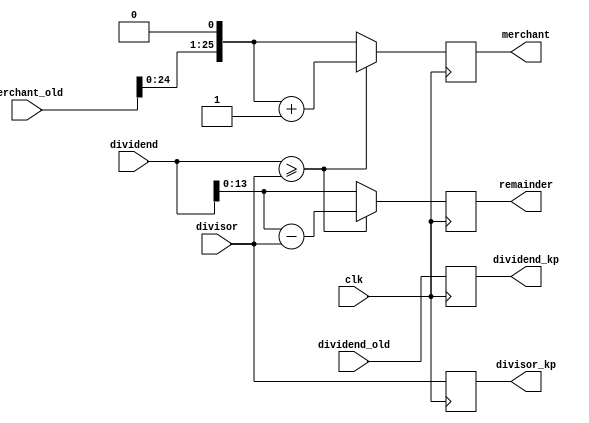
// single step of the divisor
// parameter 26 means width of dividend left
// parameter 14 means the actual width of divisor
module mod_divider_cell 
(
    input  clk,

    input [14:0] dividend,              // 14 + 1 bits, the part of dividend used in the calculation
    input [13:0] divisor,
    input [25:0] merchant_old ,       // (26 - 14 + 1) bits, the merchant of last stage
    input [25:0] dividend_old ,     // the part of dividend need to be reserved

    output reg [25:0] dividend_kp,  // the reserved part of divident
    output reg [13:0] divisor_kp,     // the reserved part of divisor
    output reg [25:0] merchant,       // the merchant of this stage
    output reg [13:0] remainder       // 14 bits, the remainder of this stage
);

    always @(posedge clk) begin
        // keep the input signal          
        divisor_kp <= divisor;  
        dividend_kp <= dividend_old;
        // the merchant is 1:
        if (dividend >= {1'b0, divisor}) begin  
            merchant <= (merchant_old<<1) + 1'b1;
            remainder <= dividend - {1'b0, divisor}; // divident is always (14 + 1) bits
        end
        // the merchant is 0:
        else begin                           
          merchant <= merchant_old<<1;
          remainder <= dividend[13:0];
        end 
    end
endmodule


// main part of the divisor
// parameter 26 means the actual width of dividend
// parameter 14 means the actual width of divisor
module mod_divider
(
    input clk,

    input [25:0] dividend,
    input [13:0] divisor,

    output [25:0] merchant, // the final merchant
    output [13:0] remainder // the final remainder
); 

    // wire interconnected (temporarily save the data)
    wire [25:0] dividend_t [25:0];
    wire [13:0] divisor_t [25:0];
    wire [13:0] remainder_t [25:0];
    wire [25:0] merchant_t [25:0];

    // initialize the 1st divider cell
    mod_divider_cell u_divider_step0
    ( 
        .clk(clk),

        // use the 14SB of the dividend as the dividend of 1st step division
        .dividend({{(14){1'b0}}, dividend[25]}), // 14+1 bits
        .divisor(divisor),                       // 14 bits
        .merchant_old({26{1'b0}}),                // 26 bits            
        .dividend_old(dividend),                 // 
          
        .dividend_kp(dividend_t[25]),           // 26 bits, 26th 
        .divisor_kp(divisor_t[25]),             // 14 bits, 26th
        .merchant(merchant_t[25]),              // 26 bits, 26th
        .remainder(remainder_t[25])             // 14 bits, 26th
    );

    // generate the following divider cells
    genvar i;
    generate
    for(i = 1; i < 26; i = i + 1) begin                   // 25 loops                    
        mod_divider_cell u_divider_step
        (
            .clk(clk),

            .dividend({remainder_t[26-i], dividend_t[26-i][26-i-1]}),  
            // dividend = (reminder of last stage) + (1 more bit of original divident)       
            .divisor(divisor_t[26-i]),                             
            .merchant_old(merchant_t[26-i]),                
            .dividend_old(dividend_t[26-i]),                 
            
            // output
            .divisor_kp(divisor_t[26-i-1]),                      
            .dividend_kp(dividend_t[26-i-1]),                    
            .merchant(merchant_t[26-i-1]),                       
            .remainder(remainder_t[26-i-1])                     
        );
        end
    endgenerate

    assign merchant = merchant_t[0];    // regard the last merchant as final merchant
    assign remainder = remainder_t[0];  // regard the last remainder as final remainder

endmodule